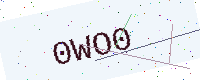
Text: 0WO0